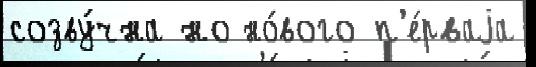
созву́чна но но́вого п'е́рваjа